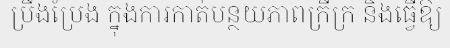
ប្រឹងប្រែង ក្នុងការកាត់បន្ថយភាពក្រីក្រ និងធ្វើឱ្យ